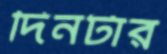
দিনটার